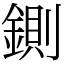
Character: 鍘